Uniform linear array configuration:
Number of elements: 32
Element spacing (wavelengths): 0.5
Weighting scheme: cosine
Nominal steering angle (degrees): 45
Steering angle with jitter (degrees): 46.474
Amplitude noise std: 0.05
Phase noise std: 0.05

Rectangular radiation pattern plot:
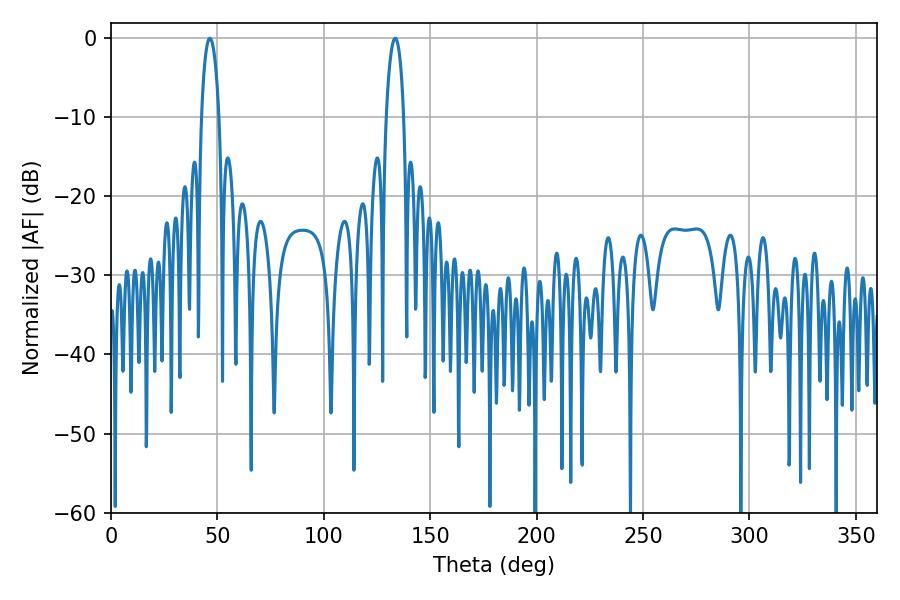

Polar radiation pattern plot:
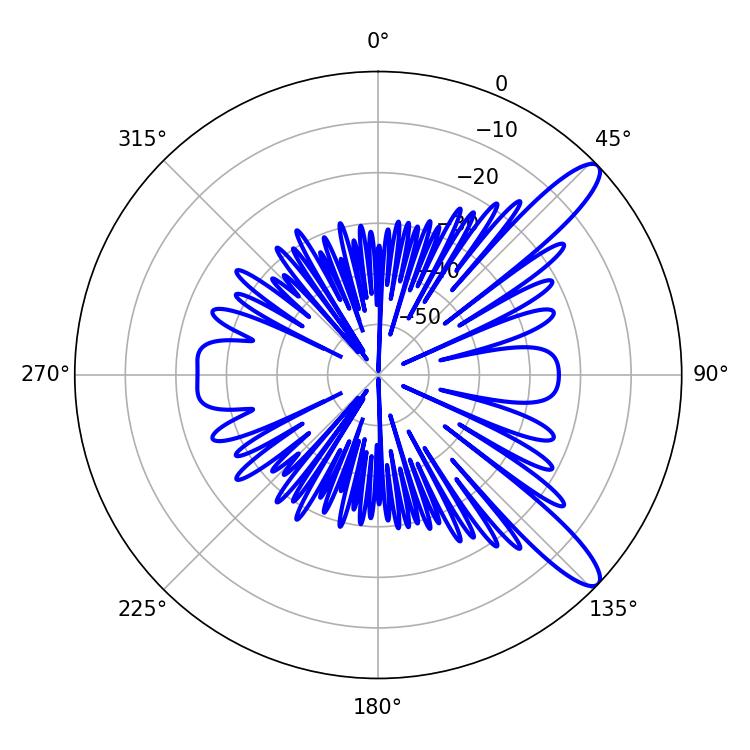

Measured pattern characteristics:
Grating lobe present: FALSE
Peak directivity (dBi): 11.857
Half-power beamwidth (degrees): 4.68
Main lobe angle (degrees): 46.44